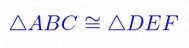
\triangle ABC\cong\triangle DEF